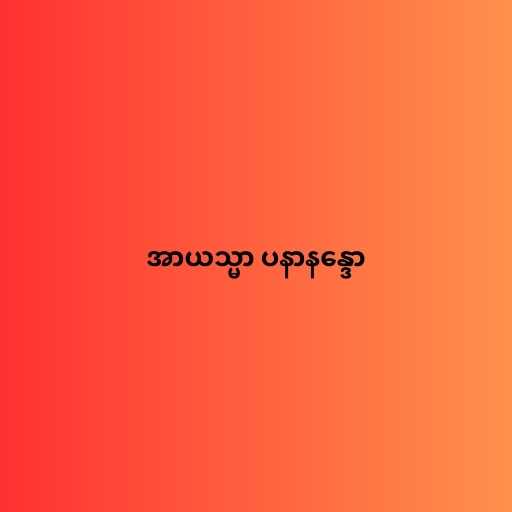
အာယသ္မာ ပနာနန္ဒော